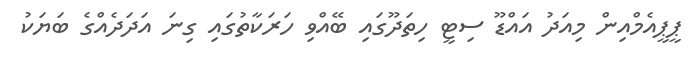
ޕީޕީއެމްއިން މިއަދު އައްޑޫ ސިޓީ ހިތަދޫގައި ބޭއްވި ހަރަކާތުގައި ގިނަ އަދަދެއްގެ ބަޔަކު